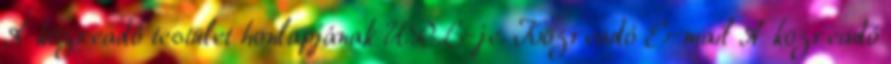
A közreadó testület honlapjának URL-je. Közreadó E-mail A közreadó